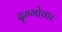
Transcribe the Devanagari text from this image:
दृग्गोचार